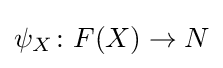
\psi _{X}\colon F(X)\to N